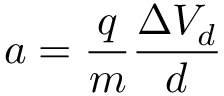
a = \frac { q } { m } \frac { \Delta V _ { d } } { d }